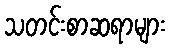
သတင်းစာဆရာများ